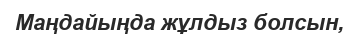
Маңдайыңда жұлдыз болсын,